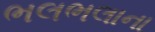
ભલભલાના